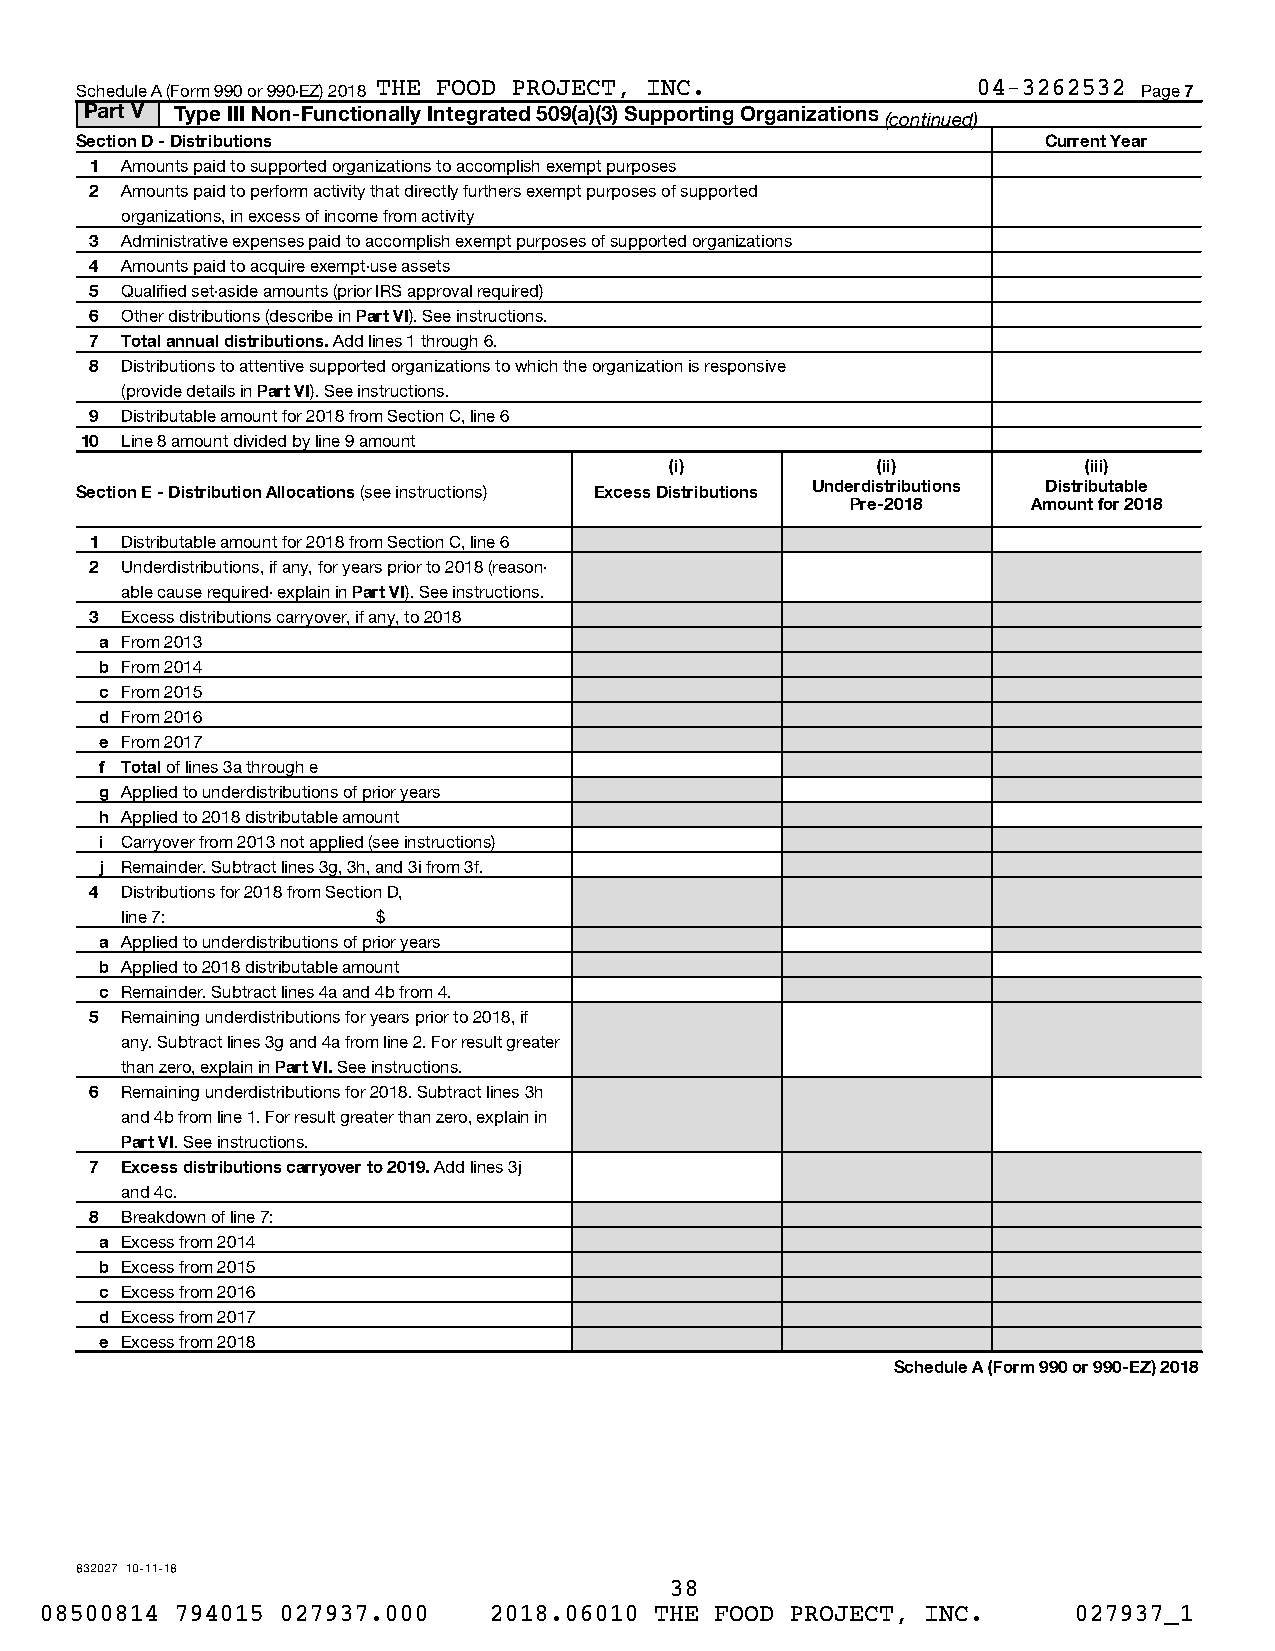
Schedule A (Form 990 or 990-EZ) 2018 THE FOOD PROJECT, INC. 04-3262532 Page 7
 Part V Type III Non-Functionally Integrated 509(a)(3) Supporting Organizations
 (continued)
 Section D - Distributions                                       Current Year
 1 Amounts paid to supported organizations to accomplish exempt purposes
 2 Amounts paid to perform activity that directly furthers exempt purposes of supported
 organizations, in excess of income from activity
 3 Administrative expenses paid to accomplish exempt purposes of supported organizations
 4 Amounts paid to acquire exempt-use assets
 5 Qualified set-aside amounts (prior IRS approval required)
 6 Other distributions (describe in Part VI). See instructions.
 7 Total annual distributions. Add lines 1 through 6.
 8 Distributions to attentive supported organizations to which the organization is responsive
 (provide details in Part VI). See instructions.
 9 Distributable amount for 2018 from Section C, line 6
 10 Line 8 amount divided by line 9 amount
 (i)           (ii)          (iii)
 Section E - Distribution Allocations (see instructions) Excess Distributions Underdistributions Distributable
 Pre-2018    Amount for 2018
 1 Distributable amount for 2018 from Section C, line 6
 2 Underdistributions, if any, for years prior to 2018 (reason-
 able cause required- explain in Part VI). See instructions.
 3 Excess distributions carryover, if any, to 2018
 a From 2013
 b From 2014
 c From 2015
 d From 2016
 e From 2017
 f Total of lines 3a through e
 g Applied to underdistributions of prior years
 h Applied to 2018 distributable amount
 i Carryover from 2013 not applied (see instructions)
 j Remainder. Subtract lines 3g, 3h, and 3i from 3f.
 4 Distributions for 2018 from Section D,
 line 7:          $
 a Applied to underdistributions of prior years
 b Applied to 2018 distributable amount
 c Remainder. Subtract lines 4a and 4b from 4.
 5 Remaining underdistributions for years prior to 2018, if
 any. Subtract lines 3g and 4a from line 2. For result greater
 than zero, explain in Part VI. See instructions.
 6 Remaining underdistributions for 2018. Subtract lines 3h
 and 4b from line 1. For result greater than zero, explain in
 Part VI. See instructions.
 7 Excess distributions carryover to 2019. Add lines 3j
 and 4c.
 8 Breakdown of line 7:
 a Excess from 2014
 b Excess from 2015
 c Excess from 2016
 d Excess from 2017
 e Excess from 2018
 Schedule A (Form 990 or 990-EZ) 2018
 832027 10-11-18
 38
 08500814 794015 027937.000   2018.06010 THE FOOD PROJECT, INC.      027937_1